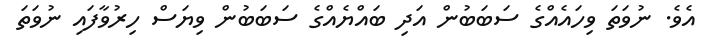
އެވެ. ނުވަތަ ވިހައެއްގެ ސަބަބުން އަދި ބައްޔެއްގެ ސަބަބުން ވިޔަސް ހިރުވާފައި ނުވަތަ